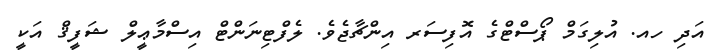
އަދި ހއ. އުލިގަމް ޕޯސްޓްގެ އޮފިސަރ އިންޗާޖެވެ. ލެފްޓިނަންޓް އިސްމާޢީލް ޝަފީޤް އަކީ